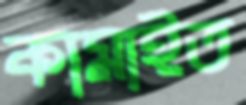
কামাইত